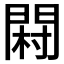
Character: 𨴺